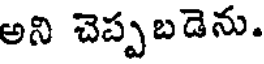
అని చెప్పబడెను.